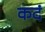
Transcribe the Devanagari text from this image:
कदं